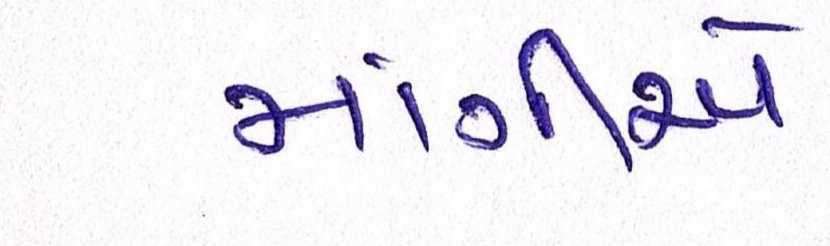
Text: માંગીએ